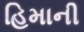
હિમાની